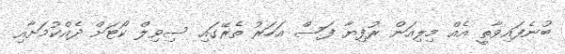
ބުނެފައިވާތީ އެއް މިލިއަން ރުފިޔާ ފަސް އަހަރު ތެރޭގައި ސިވިލް ކޯޓަށް ދެއްކުމަށާއި